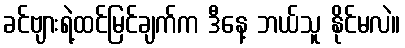
ခင်ဗျားရဲ့ထင်မြင်ချက်က ဒီနေ့ ဘယ်သူ နိုင်မလဲ။